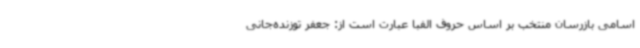
اسامی بازرسان منتخب بر اساس حروف الفبا عبارت است از: جعفر توزنده‌جانی